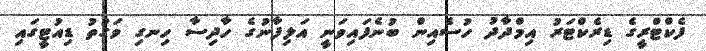
ފެކްޓްރީގެ ޑިރެކްޓަރު އިމްދާދު ހުސެއިން ބުނެފައިވަނީ އަލިފާނުގެ ހާދިސާ ހިނގި ވަގުތު ޑިއުޓީގައި